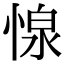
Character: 𢝓